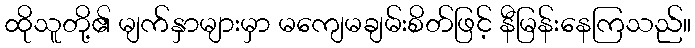
ထိုသူတို့၏ မျက်နှာများမှာ မကျေမချမ်းစိတ်ဖြင့် နီမြန်းနေကြသည်။